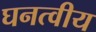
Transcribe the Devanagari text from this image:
घनत्वीय